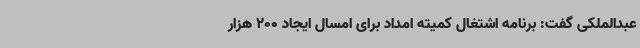
عبدالملکی گفت: برنامه اشتغال کمیته امداد برای امسال ایجاد 200 هزار